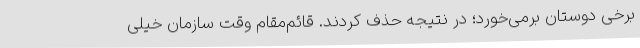
برخی دوستان برمی‌خورد؛ در نتیجه حذف کردند. قائم‌مقام وقت سازمان خیلی